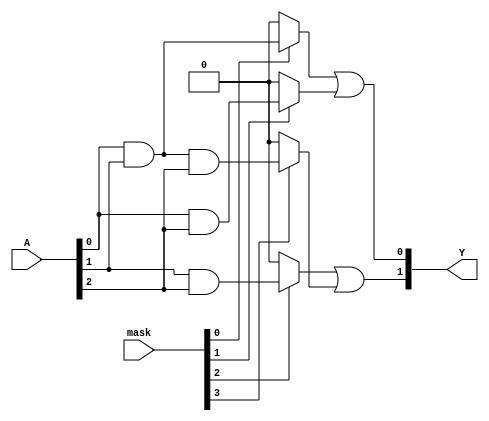
module MaskedPAL (
    input wire [2:0] A, // Input signals (e.g., A[2:0] for inputs A, B, C)
    input wire [3:0] mask, // Mask control signals for AND gates
    output wire [1:0] Y // Output signals (e.g., Y[1:0] for outputs Y1, Y2)
);

// Define the number of inputs and product terms
parameter NUM_AND_GATES = 4;
parameter NUM_OUTPUTS = 2;

// Programmable AND gate outputs
wire [NUM_AND_GATES-1:0] and_out;

// AND gate implementations
assign and_out[0] = (mask[0]) ? (A[0] & A[1]) : 0; // AND gate 1
assign and_out[1] = (mask[1]) ? (A[0] & A[2]) : 0; // AND gate 2
assign and_out[2] = (mask[2]) ? (A[1] & A[2]) : 0; // AND gate 3
assign and_out[3] = (mask[3]) ? (A[0] & A[1] & A[2]) : 0; // AND gate 4

// Fixed OR gates combining the AND outputs
assign Y[0] = and_out[0] | and_out[1]; // OR gate for output Y1
assign Y[1] = and_out[2] | and_out[3]; // OR gate for output Y2

endmodule